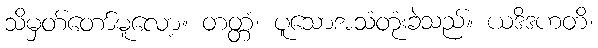
သိမှတ်တော်မူလော့။ တတ္တံ၊ ပူသောအသံတုံးခဲသည်။ ယဒိဒဟတိ၊